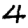
Digit: 4